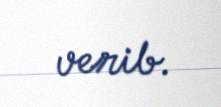
verib.